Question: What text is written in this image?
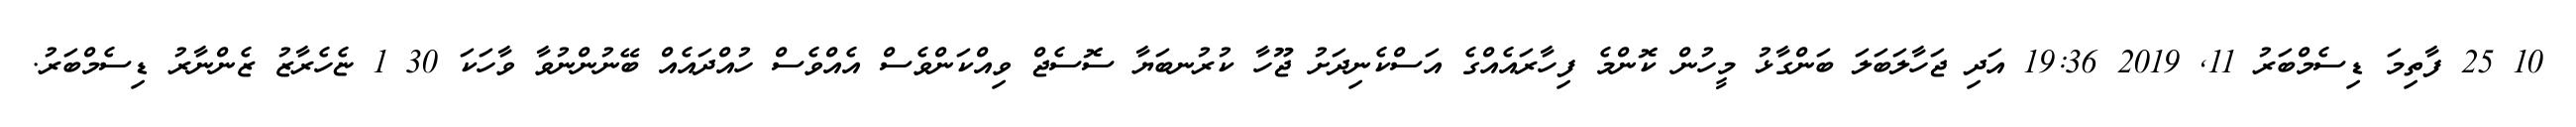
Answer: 10 25 ފާތިމަ ޑިސެމްބަރު 11, 2019 19:36 އަދި ޖަހާލަބަލަ ބަންގާޅު މީހުން ކޮންމެ ފިހާރައެއްގެ އަސްކެނިދަށު ޖޫހާ ކުރުނބަޔާ ސޮސެޖް ވިއްކަންވެސް އެއްވެސް ހުއްދައެއް ބޭނުންނުވާ ވާހަކަ 30 1 ޏެހެރާޒު ޒެންނާރު ޑިސެމްބަރު.